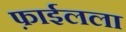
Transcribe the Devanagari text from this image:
फ़ाईलला